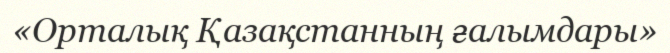
«Орталық Қазақстанның ғалымдары»